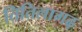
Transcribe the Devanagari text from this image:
तितिलागढ़